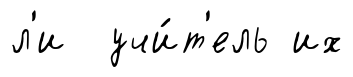
л'и учи́т'ель их